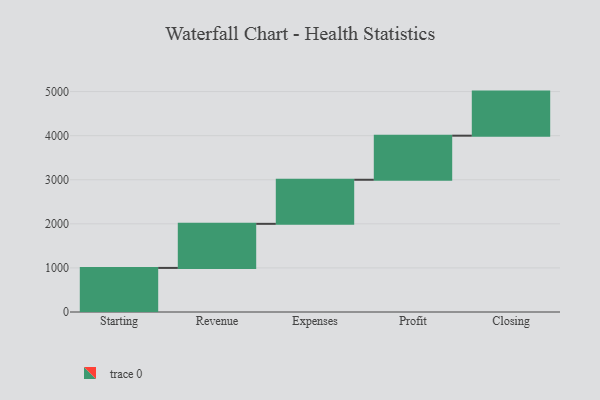
{"axis": {"x": "Step", "y": "Value"}, "legend": [""], "data": [{"x": "Starting", "y": 1000, "type": ""}, {"x": "Revenue", "y": 1000, "type": ""}, {"x": "Expenses", "y": 1000, "type": ""}, {"x": "Profit", "y": 1000, "type": ""}, {"x": "Closing", "y": 1000, "type": ""}]}